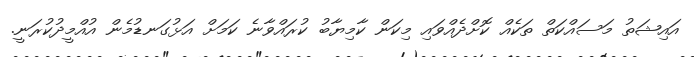
އަައިޝަތު މަސައްކަތް ތަކެެއް ކޮށްދެއްވައި މިކަން ކާމިޔާބު ކުރައްވާނެ ކަމަށް އަޅުގަނޑުމެން އުއްމީދުކުރަނީ.